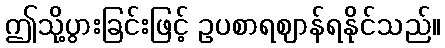
ဤသို့ပွားခြင်းဖြင့် ဥပစာရဈာန်ရနိုင်သည်။